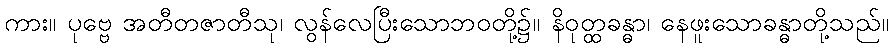
ကား။ ပုဗ္ဗေ အတီတဇာတီသု၊ လွန်လေပြီးသောဘဝတို့၌။ နိဝုတ္ထခန္ဓာ၊ နေဖူးသောခန္ဓာတို့သည်။